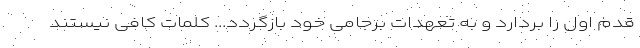
قدم اول را بردارد و به تعهدات برجامی خود بازگردد... کلمات کافی نیستند